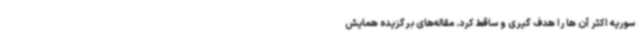
سوریه اکثر آن ها را هدف گیری و ساقط کرد. مقاله‌های برگزیده همایش